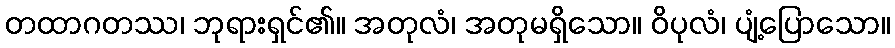
တထာဂတဿ၊ ဘုရားရှင်၏။ အတုလံ၊ အတုမရှိသော။ ဝိပုလံ၊ ပျံ့ပြောသော။